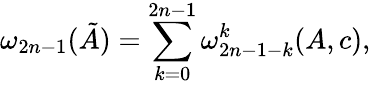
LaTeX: \omega_{2n-1}(\tilde{A})=\sum_{k=0}^{2n-1}\omega_{2n-1-k}^{k}(A,c),